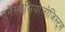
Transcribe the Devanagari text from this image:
एनेस्थेसियोलोजिस्ट्स